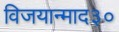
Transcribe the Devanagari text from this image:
विजयान्माद३०